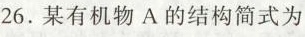
26.某有机物A的结构简式为O